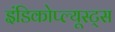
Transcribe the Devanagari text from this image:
इंडिकोप्ल्यूस्ट्स